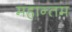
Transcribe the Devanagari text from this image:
महान्तम